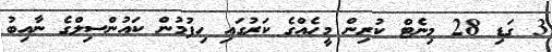
3 ގަޑި 28 މިނެޓް ކުރިން މީހެއްގެ ކަރުގައި ހިފުމުން ކައުންސިލްގެ ނާއިބު